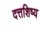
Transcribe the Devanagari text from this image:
दत्तशिष्य